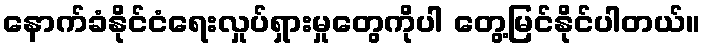
နောက်ခံနိုင်ငံရေးလှုပ်ရှားမှုတွေကိုပါ တွေ့မြင်နိုင်ပါတယ်။